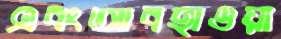
এবংআবহাওয়া